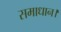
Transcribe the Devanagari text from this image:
समाधान।